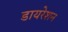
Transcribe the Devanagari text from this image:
डायरेशन